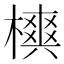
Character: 𣜪